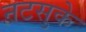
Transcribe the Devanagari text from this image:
नटसुके